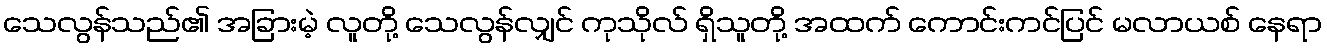
သေလွန်သည်၏ အခြားမဲ့ လူတို့ သေလွန်လျှင် ကုသိုလ် ရှိသူတို့ အထက် ကောင်းကင်ပြင် မလာယစ် နေရာ